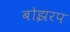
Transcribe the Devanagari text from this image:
बोझरप